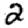
Digit: 2